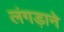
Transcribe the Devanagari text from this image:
लंगड़ाने